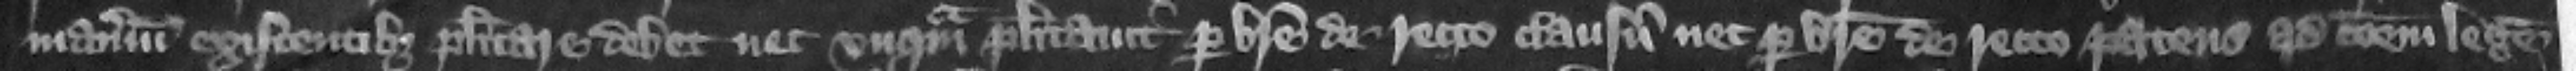
manerium existentibus placitare debet nec vnquam placitauit per breue de recto clausum nec per breue de recto patens ad communem legem